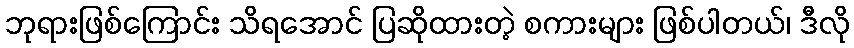
ဘုရားဖြစ်ကြောင်း သိရအောင် ပြဆိုထားတဲ့ စကားများ ဖြစ်ပါတယ်၊ ဒီလို